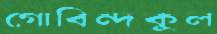
গোবিন্দকুল